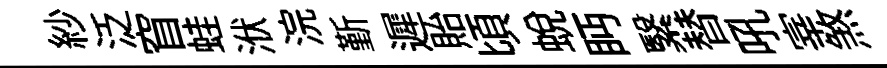
紗泛窅蛙洑浣斳遲貽頃蛻眄繄替吼宰煞